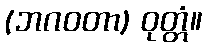
(ဘဂဝတာ) ဝုတ္တံ။